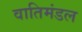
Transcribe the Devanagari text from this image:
वातिमंडल